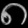
Digit: ၈